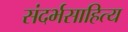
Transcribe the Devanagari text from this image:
संदर्भसाहित्य